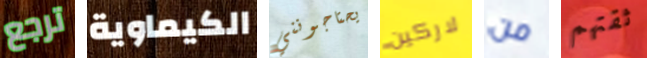
ترجع الكيماوية يحتاجونني لاركين من ثقتهم